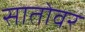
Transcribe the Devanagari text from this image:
सातोवर